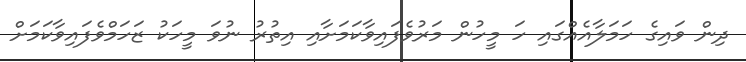
ދިން ވައިގެ ހަމަލާއެއްގައި ހަ މީހުން މަރުވެފައިވާކަމަށާއި އިތުރު ނުވަ މީހަކު ޒަހަމްވެފައިވާކަމަށް